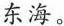
东海。